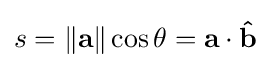
s=\left\|\mathbf {a} \right\|\cos \theta =\mathbf {a} \cdot \mathbf {\hat {b}}